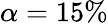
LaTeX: \alpha=15\%